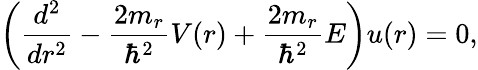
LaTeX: \left(\frac{d^{2}}{dr^{2}}-\frac{2m_{r}}{\hbar^{2}}V(r)+\frac{2m_{r}}{\hbar^{2}}E\right)u(r)=0,